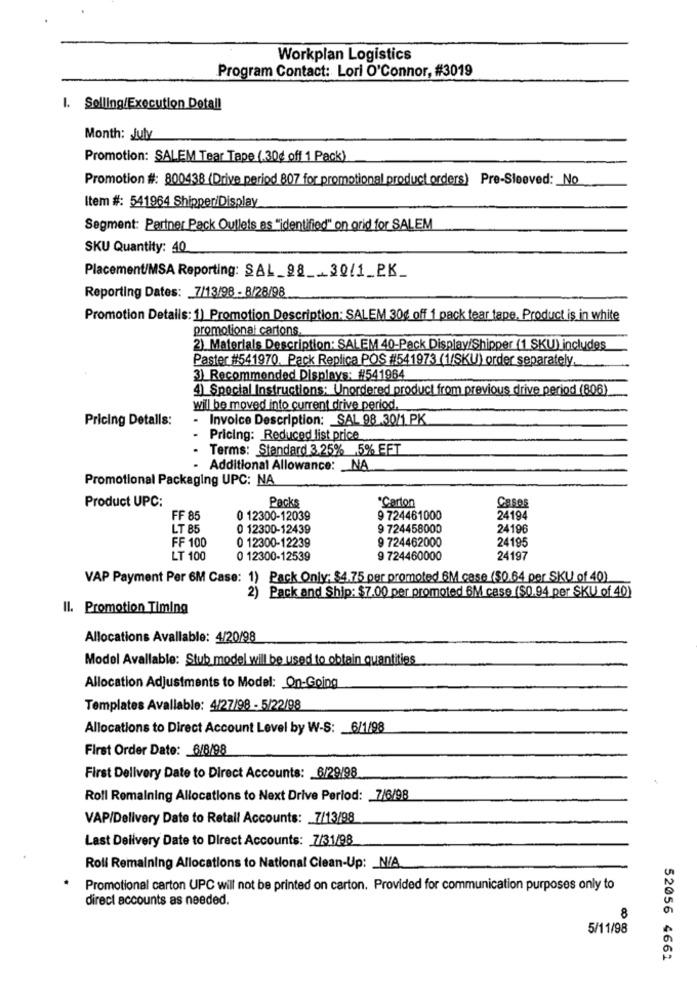
Workplan Logistics
Program Contact: Lori O'Connor, #3019
I. Selling/Execution Detall
Month: July
Promotion: SALEM Tear Tape (30g off 1 Pack)
Promotion #: 800438 (Drive period 807 for promotional product orders) Pre-Sleeved: _ No
Item #: 541964 Shipper/Display
Segment: Partner Pack Outlets as "identified" on grid for SALEM
SKU Quantity: 40
Placement/MSA Reporting: SAL 98 __ 30/1_PK
Reporting Dates: 7/13/98 - 8/28/98
Promotion Details: 1) Promotion Description: SALEM 30g off 1 pack tear tape, Product is in white
promotional cartons.
2) Materials Description: SALEM 40-Pack Display/Shipper (1 SKU) includes
Paster #541970. Pack Replica POS #541973 (1/SKU) order separately,
3) Recommended Displays: #541964
4) Special Instructions: Unordered product from previous drive period (806)
will be moved into current drive period.
Pricing Detalls:
.
Invoice Description: _ SAL 98 30/1 PK
Pricing: Reduced list price
Terms: Standard 3.25% 5% EFT
Additional Allowance: _ NA
Promotional Packaging UPC: NA
Product UPC:
*Carton
Packs
Cases
FF 85
0 12300-12039
9 724461000
24194
LT 85
0 12300-12439
9 724458000
24196
FF 100
0 12300-12239
9 724462000
24195
LT 100
0 12300-12539
9 724460000
24197
VAP Payment Per 6M Case: 1) Pack Only; $4.75 per promoted 6M case ($0.64 per SKU of 40)
2) Pack and Ship: $7.00 per promoted 6M case ($0.94 per SKU of 40)
Il. Promotion Timing
Allocations Avallable: 4/20/98
Model Avallable: Stub model will be used to obtain quantities
Allocation Adjustments to Model: On-Going
Templates Avallable: 4/27/98 - 5/22/98
Allocations to Direct Account Level by W-S: 6/1/98
First Order Date: 6/8/98
First Delivery Date to Direct Accounts: 6/29/98
Roll Remaining Allocations to Next Drive Period: 7/6/98
VAP/Delivery Date to Retall Accounts: 7/13/98
Last Delivery Date to Direct Accounts: 7/31/98
Roli Remaining Allocations to National Clean-Up: _ N/A
Promotional carton UPC will not be printed on carton. Provided for communication purposes only to
direct accounts as needed.
8
5/11/98
52056 4661